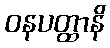
ဝနပတ္ထာနိ